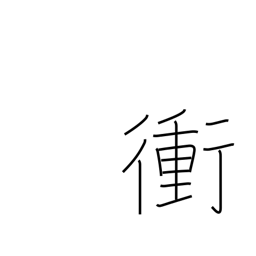
Meaning: highway